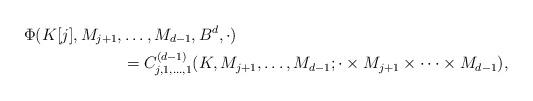
LaTeX: \begin{align*}\Phi(K[j],M_{j+1},&\dots,M_{d-1},B^d,\cdot)\\&=C^{(d-1)}_{j,1,\dots,1}(K,M_{j+1},\dots,M_{d-1};\cdot\times M_{j+1}\times\cdots\times M_{d-1}) ,\end{align*}